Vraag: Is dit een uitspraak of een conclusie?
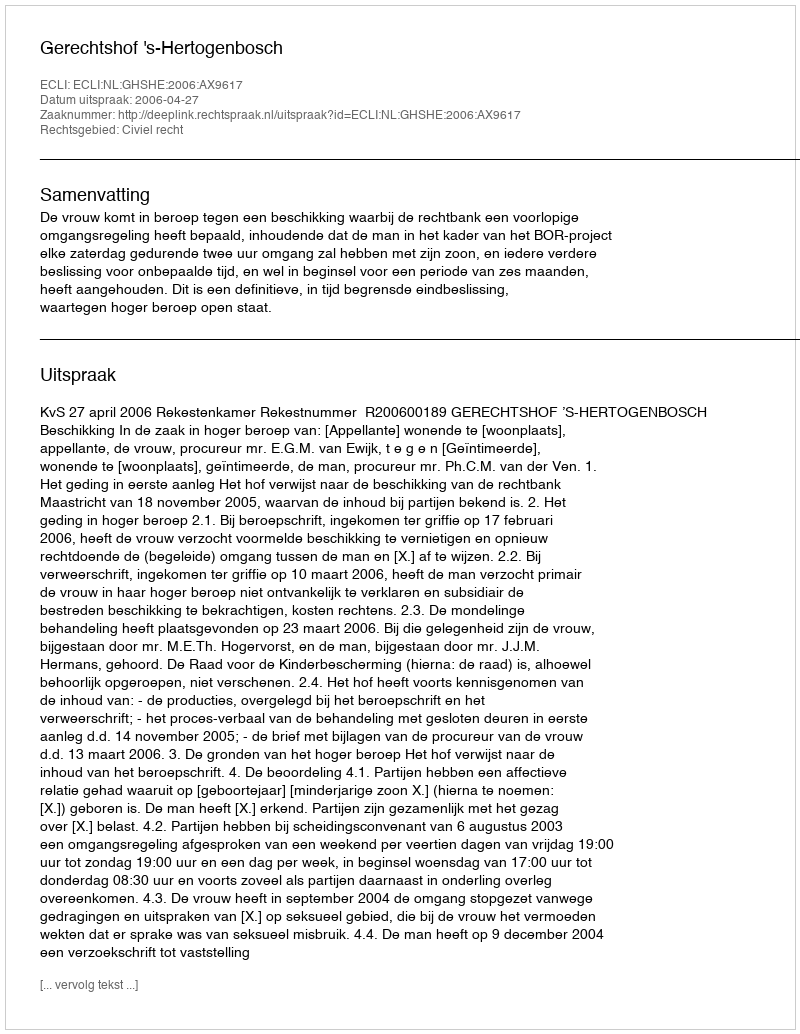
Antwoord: Uitspraak